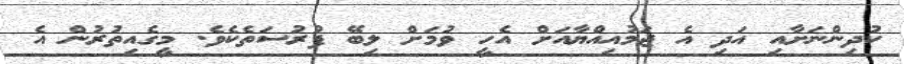
ކުދިންނަށާއި އަދި އެ ޖަމުއިއްޔާއަށް އެހީ ވުމަށް ލިބޭ ފުރުސަތެކެވެ. މީގެއިތުރުން އެ